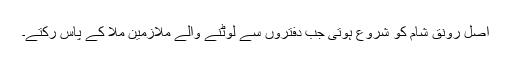
اصل رونق شام کو شروع ہوتی جب دفتروں سے لوٹنے والے ملازمین ملّا کے پاس رکتے۔